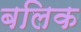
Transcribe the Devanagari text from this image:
बलिक